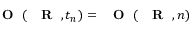
\mathrm { ~ { ~ \bf ~ O ~ } ~ } ( \mathrm { ~ { ~ \bf ~ R ~ } ~ } , t _ { n } ) = \mathrm { ~ { ~ \bf ~ O ~ } ~ } ( \mathrm { ~ { ~ \bf ~ R ~ } ~ } , n )